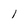
Character: 1